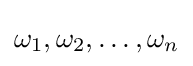
\omega _{1},\omega _{2},\ldots ,\omega _{n}